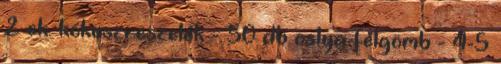
2 ek. kókuszreszelék - 50 db ostya-félgömb - 4-5